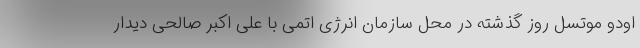
اودو موتسل روز گذشته در محل سازمان انرژی اتمی با علی اکبر صالحی دیدار